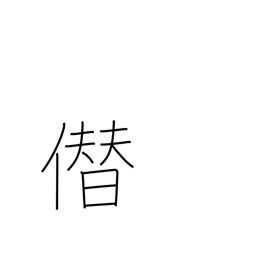
Meaning: boastfully usurp